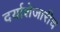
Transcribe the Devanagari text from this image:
दर्याशेजारीच